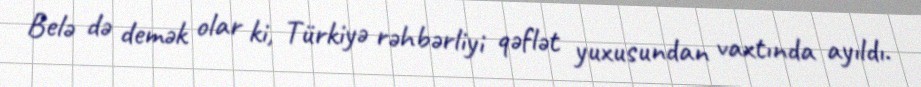
Belə də demək olar ki, Türkiyə rəhbərliyi qəflət yuxusundan vaxtında ayıldı.